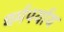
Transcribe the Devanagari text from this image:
धर्मपर्याय